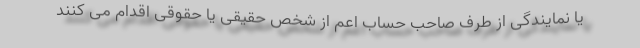
یا نمایندگی از طرف صاحب حساب اعم از شخص حقیقی یا حقوقی اقدام می کنند